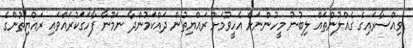
ވިއްސާރައިގެ ގެއްލުންތައް ލިބުނު މީހުންނަށް އެހީވުމަށް ރައްޔިތުން ދައްކަމުންދާ ނަމޫނާ ފާހަގަކުރައްވައި ރައްޔިތުންގެ